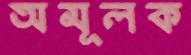
অমূলক